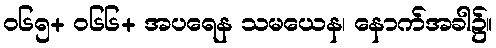
၀၆၅+ ၀၆၆+ အပရေန သမယေန၊ နောက်အခါ၌။